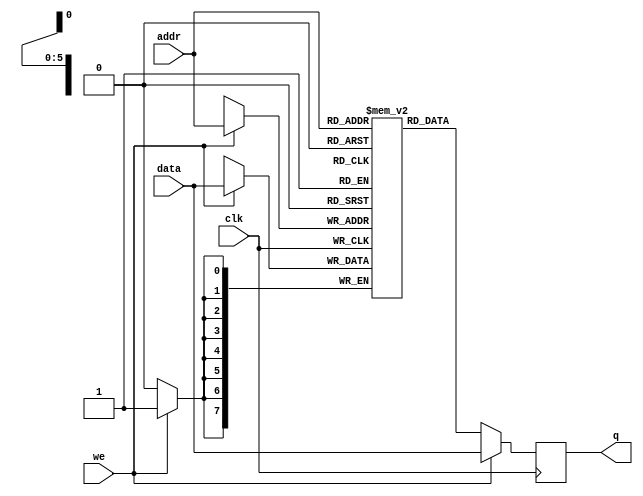
`timescale 1 ns / 1 ps

// Single-port (with simultaneous read and write) RAM without byte-enable.
// A write and simultaneous read with the same address, on the same port,
// will return the *new* value.
module sp_bram
  (/*AUTOARG*/
   // Outputs
   q,
   // Inputs
   data, addr, we, clk
   );
   parameter DATA_WIDTH = 8;
   parameter ADDR_WIDTH = 6;

   input [(DATA_WIDTH-1):0]      data;
   input [(ADDR_WIDTH-1):0]      addr;
   input                         we, clk;
   output reg [(DATA_WIDTH-1):0] q;

   // Declare the RAM variable
   reg [DATA_WIDTH-1:0]          ram[2**ADDR_WIDTH-1:0];
   always @ (posedge clk)
     begin // Port A
        if (we)
          begin
             ram[addr] <= data;
             q <= data;
          end
        else
          q <= ram[addr];
     end
endmodule